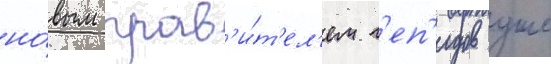
но́вым прав'и́т'ел'ем г'еп'идов уже